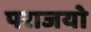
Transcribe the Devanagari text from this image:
पराजयो